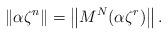
LaTeX: \begin{align*} \left\Vert \alpha\zeta^{n}\right\Vert = \left\Vert M^{N}(\alpha \zeta^{r})\right\Vert. \end{align*}